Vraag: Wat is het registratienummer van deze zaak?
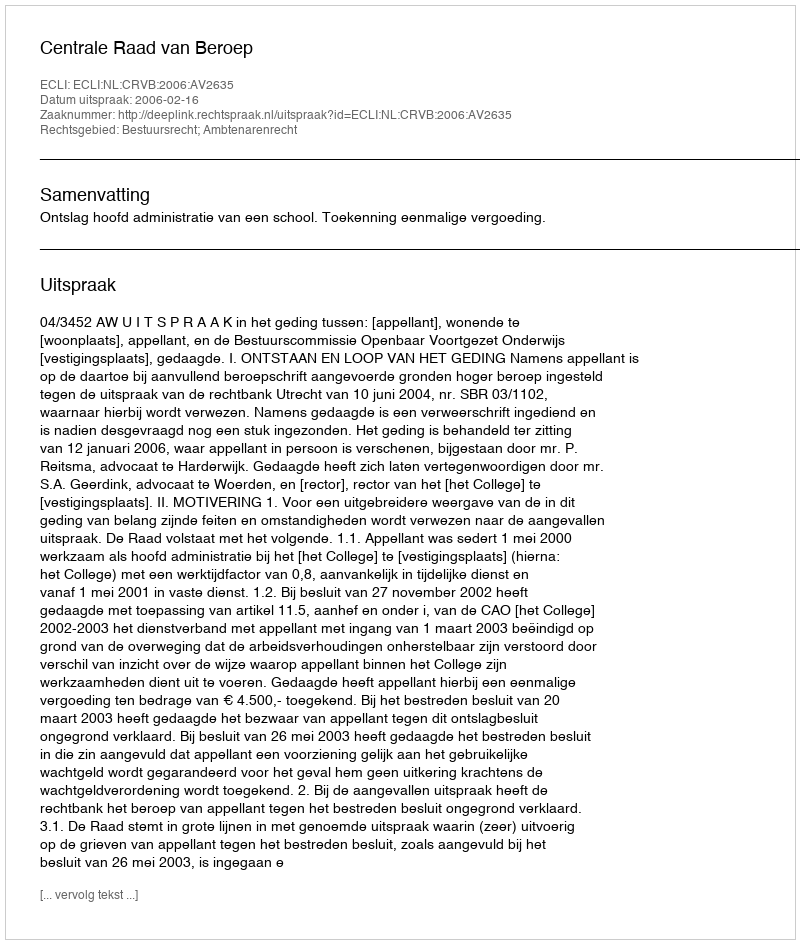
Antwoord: http://deeplink.rechtspraak.nl/uitspraak?id=ECLI:NL:CRVB:2006:AV2635